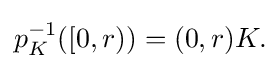
{\textstyle p_{K}^{-1}([0,r))=(0,r)K.}